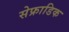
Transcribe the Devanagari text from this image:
सेफ्राडिक